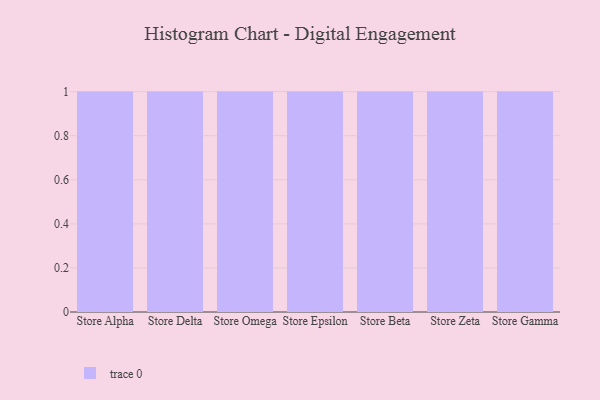
{"axis": {"x": "Store", "y": "Shipments"}, "legend": [""], "data": [{"x": "Store Alpha", "y": 23, "type": ""}, {"x": "Store Delta", "y": 89, "type": ""}, {"x": "Store Omega", "y": 32, "type": ""}, {"x": "Store Epsilon", "y": 87, "type": ""}, {"x": "Store Beta", "y": 21, "type": ""}, {"x": "Store Zeta", "y": 49, "type": ""}, {"x": "Store Gamma", "y": 15, "type": ""}]}